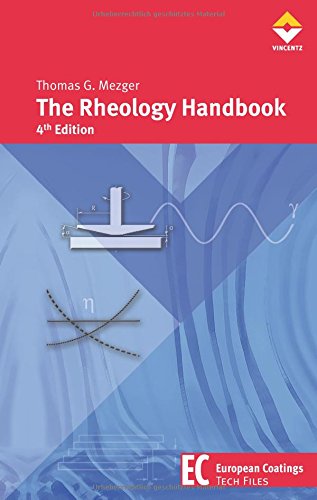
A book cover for The Rheology Handbook, 4th Edition; Thomas G. Mezger; Science & Math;